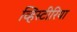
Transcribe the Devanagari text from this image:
व्हिस्टीरिया